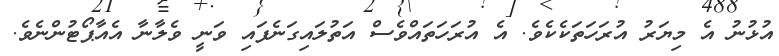
އުޅުނު އެ މިޔަރު އުރަހަތަކެކެވެ. އެ އުރަހަތައްވެސް އަތުލައިގަނެފައި ވަނީ ވެލާނާ އެއާޕޯޓުންނެވެ.